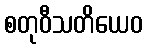
စတုဝီသတိယေဝ